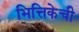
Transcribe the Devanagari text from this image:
भित्तिकेची